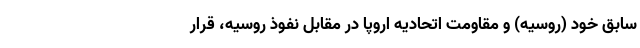
سابق خود (روسیه) و مقاومت اتحادیه اروپا در مقابل نفوذ روسیه، قرار